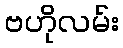
ဗဟိုလမ်း